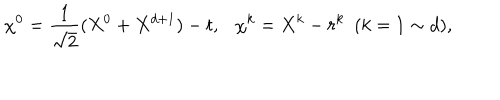
\chi ^ { 0 } = \frac { 1 } { \sqrt { 2 } } ( X ^ { 0 } + X ^ { d + 1 } ) - t , \chi ^ { k } = X ^ { k } - r ^ { k } ~ ~ ( k = 1 \sim d ) ,